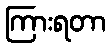
ကြားရတာ